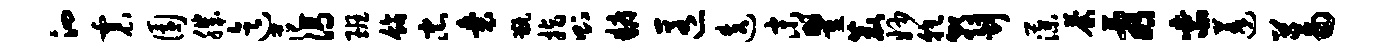
泗震园肌迄范渴班饰忠囊甑指则耨匿迭末瞿鹿妙乾朝舒藻荼看紫蓬蓄